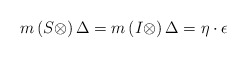
\begin{align*}m\left(S\otimes \right)\Delta = m\left(I\otimes \right)\Delta=\eta\cdot\epsilon\end{align*}